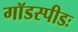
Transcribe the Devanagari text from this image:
गॉडस्पीडः